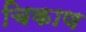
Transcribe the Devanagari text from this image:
चिकाण